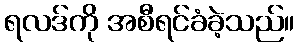
ရလဒ်ကို အစီရင်ခံခဲ့သည်။